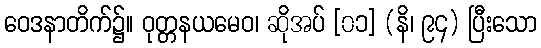
ဝေဒနာတိက်၌။ ဝုတ္တနယမေဝ၊ ဆိုအပ် [၀၁] (နိ၊ ၉၄) ပြီးသော